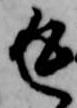
返